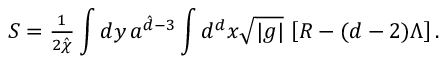
S = { \textstyle \frac { 1 } { 2 { \hat { \chi } } } } \int { d y \, a ^ { { \hat { d } } - 3 } } \int { d ^ { d } x \sqrt { | g | } \, \left[ R - ( d - 2 ) \Lambda \right] } \, .